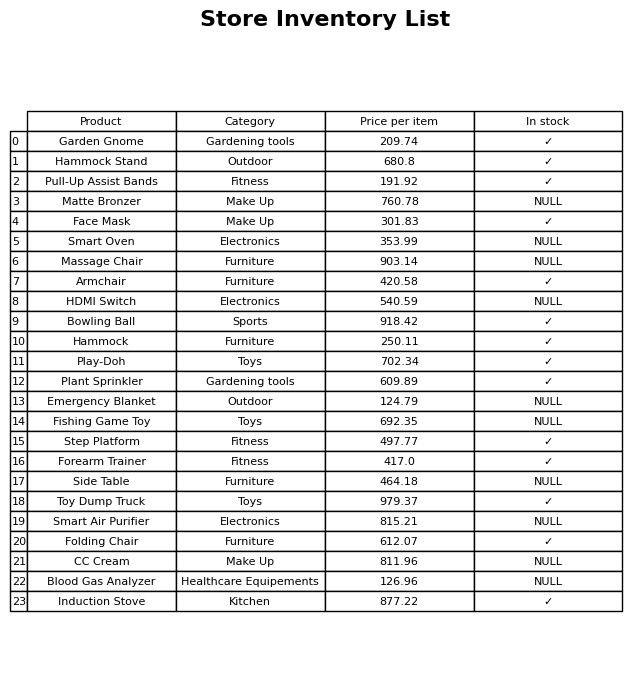
question: What is the price for Smart Oven?
answer: The price of Smart Oven is 353.99.